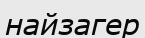
найзагер